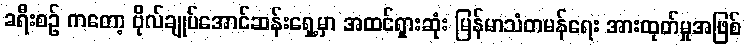
ခရီးစဉ် ကတော့ ဗိုလ်ချုပ်အောင်ဆန်းရှေ့မှာ အထင်ရှားဆုံး မြန်မာသံတမန်ရေး အားထုတ်မှုအဖြစ်